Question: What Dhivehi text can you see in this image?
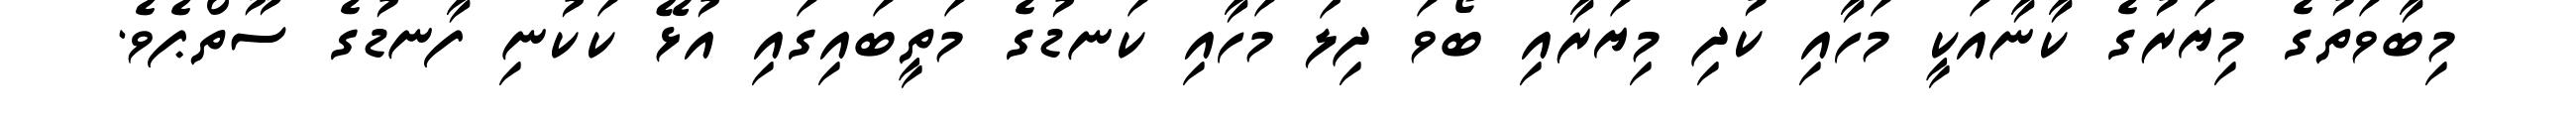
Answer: މިބާވަތުގެ މިޔަރުގެ ކާނާއަކީ މަހާއި ކުދި މިޔަރާއި ބޯވަ ދިލަ މަހާއި ކަނޑުގެ މަތީބައިގައި އުޅޭ ކަކުނި ފާނޑުގެ ސޫތްޕެވެ.